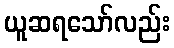
ယူဆရသော်လည်း